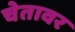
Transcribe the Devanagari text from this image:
चेतावर